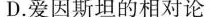
D.爱因斯坦的相对论